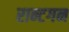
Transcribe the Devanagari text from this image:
रान्टगन